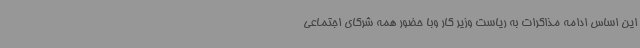
این اساس ادامه مذاکرات به ریاست وزیر کار وبا حضور همه شرکای اجتماعی